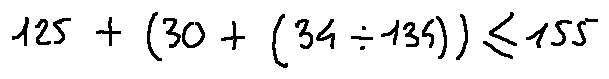
1 2 5 + ( 3 0 + ( 3 4 \div 1 3 4 ) ) \leq 1 5 5